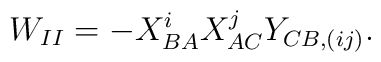
W_{II} = -X_{BA}^i X_{AC}^j Y_{CB,(ij)}.